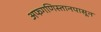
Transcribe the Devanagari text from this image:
अफगणिस्तानपासून